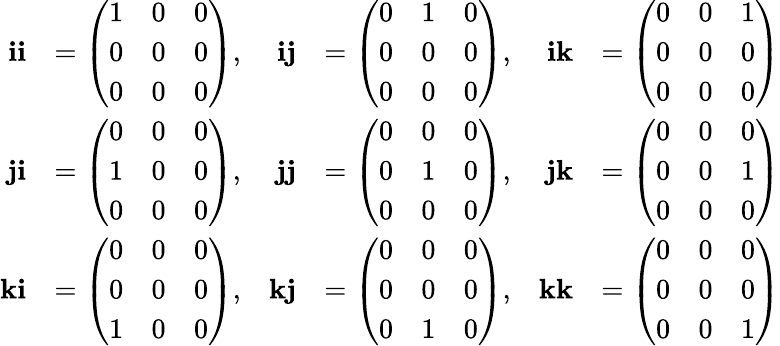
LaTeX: {\begin{array}{rlrlrl}{\mathbf{ii}}&{={\left(\begin{array}{lll}{1}&{0}&{0}\\ {0}&{0}&{0}\\ {0}&{0}&{0}\end{array}\right)},}&{\mathbf{ij}}&{={\left(\begin{array}{lll}{0}&{1}&{0}\\ {0}&{0}&{0}\\ {0}&{0}&{0}\end{array}\right)},}&{\mathbf{ik}}&{={\left(\begin{array}{lll}{0}&{0}&{1}\\ {0}&{0}&{0}\\ {0}&{0}&{0}\end{array}\right)}}\\ {\mathbf{ji}}&{={\left(\begin{array}{lll}{0}&{0}&{0}\\ {1}&{0}&{0}\\ {0}&{0}&{0}\end{array}\right)},}&{\mathbf{jj}}&{={\left(\begin{array}{lll}{0}&{0}&{0}\\ {0}&{1}&{0}\\ {0}&{0}&{0}\end{array}\right)},}&{\mathbf{jk}}&{={\left(\begin{array}{lll}{0}&{0}&{0}\\ {0}&{0}&{1}\\ {0}&{0}&{0}\end{array}\right)}}\\ {\mathbf{ki}}&{={\left(\begin{array}{lll}{0}&{0}&{0}\\ {0}&{0}&{0}\\ {1}&{0}&{0}\end{array}\right)},}&{\mathbf{kj}}&{={\left(\begin{array}{lll}{0}&{0}&{0}\\ {0}&{0}&{0}\\ {0}&{1}&{0}\end{array}\right)},}&{\mathbf{kk}}&{={\left(\begin{array}{lll}{0}&{0}&{0}\\ {0}&{0}&{0}\\ {0}&{0}&{1}\end{array}\right)}}\end{array}}